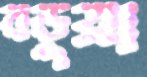
বডুয়া